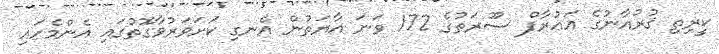
ކީރިތި ޤުރުއާނުގެ އަޢުރާފް ސޫރަތުގެ 172 ވަނަ އާޔަތުން އެނގި ކަށަވަރުވާގޮތުގައި އެންމެހައި